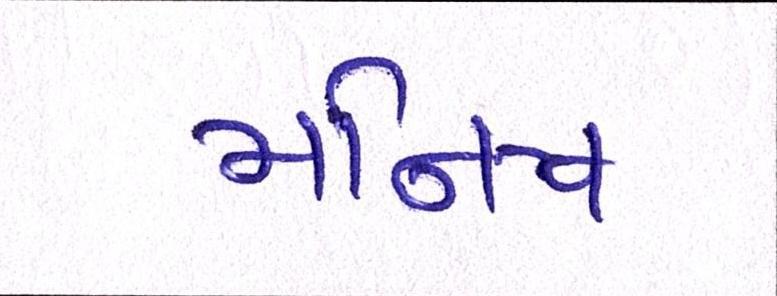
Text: મનિષ